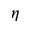
\eta